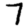
Digit: 7